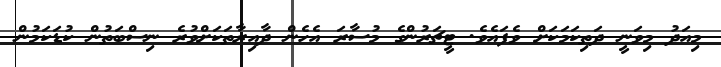
މިއަދު މިވަނީ ދަތިކަމަކަށް ވެފައެވެ. ޓީޗަރުންގެ މުސާރަ އެހެން ދާއިރާތަކަށްވުރެ ނިސްބަތުން ކުޑަކަމުން